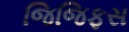
જિજિફસ